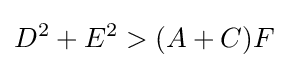
D^{2}+E^{2}>(A+C)F